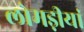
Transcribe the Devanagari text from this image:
लोमड़ीयां